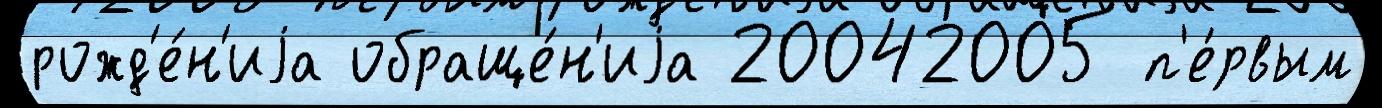
рожд'е́н'иjа обраще́н'иjа 20042005 п'е́рвым